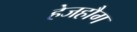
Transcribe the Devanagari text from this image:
हेजहौग